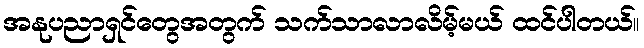
အနုပညာရှင်တွေအတွက် သက်သာလာလိမ့်မယ် ထင်ပါတယ်။